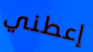
إعطني